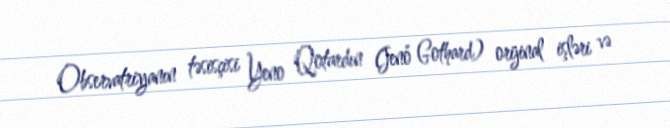
Observatriyanın təsisçisi Yeno Qotardın (Jenő Gothard) orijinal işləri və